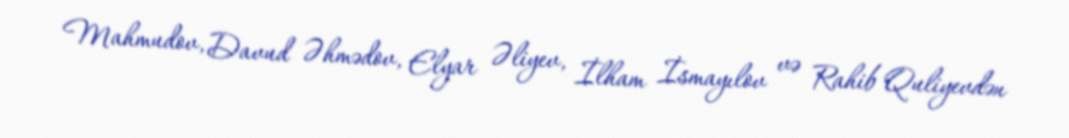
Mahmudov, Davud Əhmədov, Elyar Əliyev, İlham İsmayılov və Rahib Quliyevdən